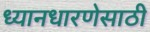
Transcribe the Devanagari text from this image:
ध्यानधारणेसाठी